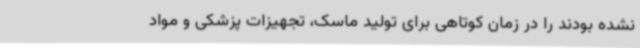
نشده بودند را در زمان کوتاهی برای تولید ماسک، تجهیزات پزشکی و مواد